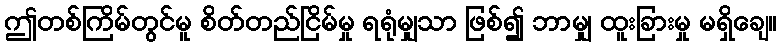
ဤတစ်ကြိမ်တွင်မူ စိတ်တည်ငြိမ်မှု ရရုံမျှသာ ဖြစ်၍ ဘာမျှ ထူးခြားမှု မရှိချေ။